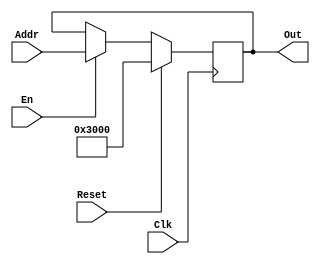
`timescale 1ns / 1ps
//////////////////////////////////////////////////////////////////////////////////
// Company: 
// Engineer: 
// 
// Design Name: 
// Module Name:    pc 
// Project Name: 
// Target Devices: 
// Tool versions: 
// Description: 
//
// Dependencies: 
//
// Revision: 
// Revision 0.01 - File Created
// Additional Comments: 
//
//////////////////////////////////////////////////////////////////////////////////
module pc(
    input Clk,            //
    input Reset,		  //
    input [31:0] Addr,	  //
	input En,
    output reg [31:0] Out //
    );
	initial begin
		Out = 32'h3000;
	end
	
    always @(posedge Clk)
      if (Reset) begin
         Out = 32'h3000;
      end 
	  else if (En) begin
         Out <= Addr;
      end


endmodule